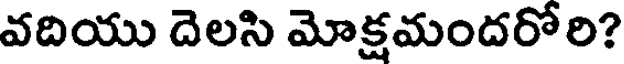
వదియు దెలసి మోక్షమందరోరి?